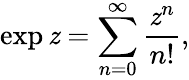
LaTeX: \exp\mathit{z}=\sum_{n=0}^{\infty}{\frac{{\mathit{z}^{n}}}{{n!}}},